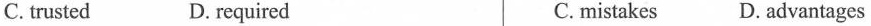
C. trusted D. required C. mistakes D. advantages